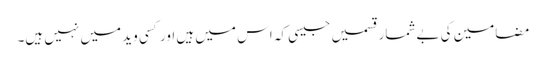
مضامین کی بےشمار قسمیں جیسی کہ اس میں ہیں اور کسی وید میں نہیں ہیں۔